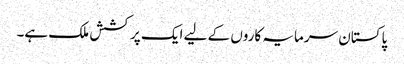
پاکستان سرمایہ کاروں کے لیے ایک پرکشش ملک ہے۔